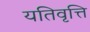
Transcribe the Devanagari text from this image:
यतिवृत्ति